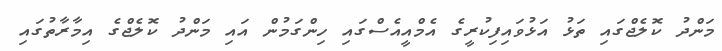
މަންދު ކޮލެޖްގައި ތަޅު އަޅުވައިފިކުރީގެ އެމްއީއެސްގައި ހިންގަމުން އައި މަންދު ކޮލެޖްގެ އިމާރާތުގައި